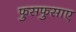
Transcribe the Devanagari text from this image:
फुसफुसाए